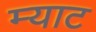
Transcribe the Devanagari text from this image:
म्याट